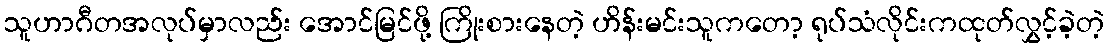
သူဟာဂီတအလုပ်မှာလည်း အောင်မြင်ဖို့ ကြိုးစားနေတဲ့ ဟိန်းမင်းသူကတော့ ရုပ်သံလိုင်းကထုတ်လွှင့်ခဲ့တဲ့